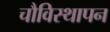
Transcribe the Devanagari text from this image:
चौविस्थापन